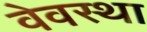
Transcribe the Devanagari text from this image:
वेवस्था